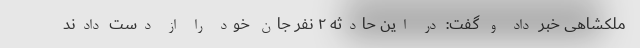
ملکشاهی خبر داد و گفت: در این حادثه ۲ نفر جان خود را از دست دادند